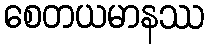
စေတယမာနဿ